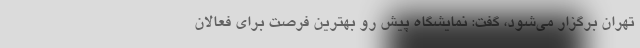
تهران برگزار می‌شود، گفت: نمایشگاه پیش رو بهترین فرصت برای فعالان